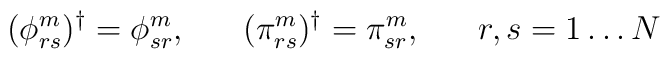
(\phi^{m}_{rs})^{\dagger}=\phi^{m}_{sr},  \;\;\;\;\;\; (\pi^{m}_{rs})^{\dagger}=\pi^{m}_{sr},\;\;\;\;\;\; r,s = 1 \ldots N